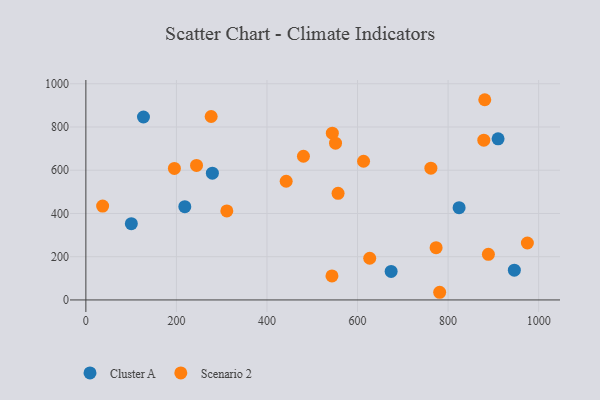
{"axis": {"x": "Engine Size", "y": "Demand"}, "legend": ["Cluster A", "Scenario 2"], "data": [{"x": "100.4", "y": 352.6, "type": "Cluster A"}, {"x": "946.3", "y": 137.5, "type": "Cluster A"}, {"x": "910.4", "y": 745.1, "type": "Cluster A"}, {"x": "674.2", "y": 131.9, "type": "Cluster A"}, {"x": "279.4", "y": 586.4, "type": "Cluster A"}, {"x": "824.3", "y": 426.7, "type": "Cluster A"}, {"x": "127.2", "y": 846.3, "type": "Cluster A"}, {"x": "218.5", "y": 431.3, "type": "Cluster A"}, {"x": "442.4", "y": 549.1, "type": "Scenario 2"}, {"x": "544.3", "y": 771.4, "type": "Scenario 2"}, {"x": "773.5", "y": 241.6, "type": "Scenario 2"}, {"x": "195.5", "y": 608.3, "type": "Scenario 2"}, {"x": "975.1", "y": 263.4, "type": "Scenario 2"}, {"x": "276.7", "y": 848.4, "type": "Scenario 2"}, {"x": "480.5", "y": 664.6, "type": "Scenario 2"}, {"x": "881.0", "y": 926.1, "type": "Scenario 2"}, {"x": "551.4", "y": 724.9, "type": "Scenario 2"}, {"x": "543.5", "y": 111.3, "type": "Scenario 2"}, {"x": "613.3", "y": 641.6, "type": "Scenario 2"}, {"x": "878.9", "y": 738.9, "type": "Scenario 2"}, {"x": "311.3", "y": 411.7, "type": "Scenario 2"}, {"x": "626.9", "y": 192.8, "type": "Scenario 2"}, {"x": "889.0", "y": 211.2, "type": "Scenario 2"}, {"x": "37.0", "y": 434.3, "type": "Scenario 2"}, {"x": "781.4", "y": 35.5, "type": "Scenario 2"}, {"x": "762.0", "y": 609.3, "type": "Scenario 2"}, {"x": "557.0", "y": 493.3, "type": "Scenario 2"}, {"x": "244.4", "y": 622.4, "type": "Scenario 2"}]}